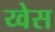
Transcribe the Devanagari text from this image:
य्वेस